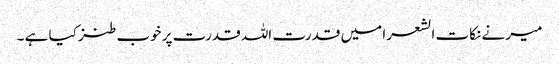
میر نے نکات الشعرا میں قدرت اللہ قدرت پر خوب طنز کیا ہے ۔